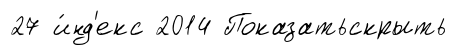
27 и́нд'екс 2014 Показатьскрыть